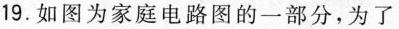
19.如图为家庭电路图的一部分，为了